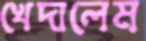
খেদালেম